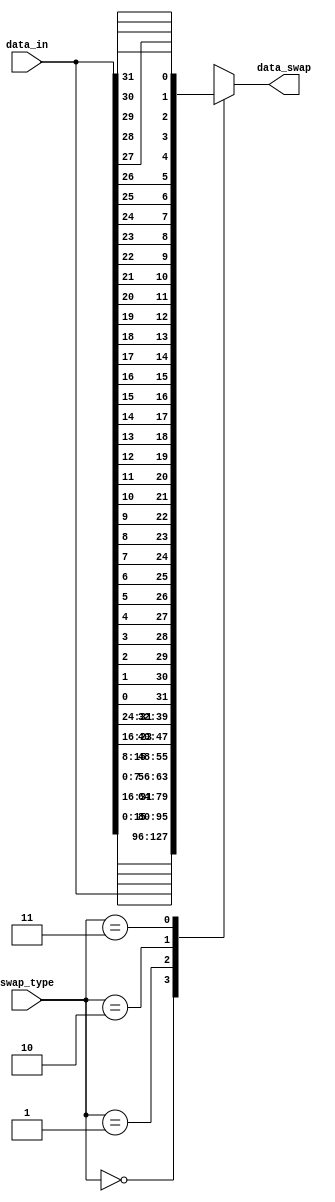
module data_swap
#(
	parameter WIDTH = 32
)(
	output [WIDTH - 1:0] data_swap,
	input  [WIDTH - 1:0] data_in,
	input  [ 1:0] swap_type
);
localparam NO_SWAP        = 2'b00;
localparam HALF_WORD_SWAP = 2'b01;
localparam BYTE_SWAP      = 2'b10;
localparam BIT_SWAP       = 2'b11;
localparam TYPES = 4;
wire [WIDTH - 1 : 0] words[0 : TYPES - 1];
generate
	genvar i, j;
	for(i = 0; i < TYPES; i = i + 1)
	begin:BLOCK
		for(j = 0; j < WIDTH; j = j + 1)
			begin: SUB_BLOCK
				if(i != 3)
					assign words[i][j] = data_in[(WIDTH - (WIDTH/2**i)) - 2*(WIDTH/2**i)*(j/(WIDTH/2**i)) + j];
				else
					assign words[i][j] = data_in[WIDTH - 1 - j];
			end
	end
endgenerate
assign data_swap = words[swap_type];
endmodule